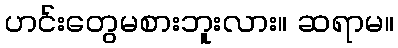
ဟင်းတွေမစားဘူးလား။ ဆရာမ။